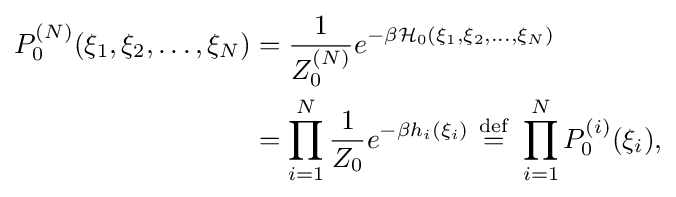
{\begin{aligned}P_{0}^{(N)}(\xi _{1},\xi _{2},\ldots ,\xi _{N})&={\frac {1}{Z_{0}^{(N)}}}e^{-\beta {\mathcal {H}}_{0}(\xi _{1},\xi _{2},\ldots ,\xi _{N})}\\&=\prod _{i=1}^{N}{\frac {1}{Z_{0}}}e^{-\beta h_{i}(\xi _{i})}\ {\stackrel {\mathrm {def} }{=}}\ \prod _{i=1}^{N}P_{0}^{(i)}(\xi _{i}),\end{aligned}}